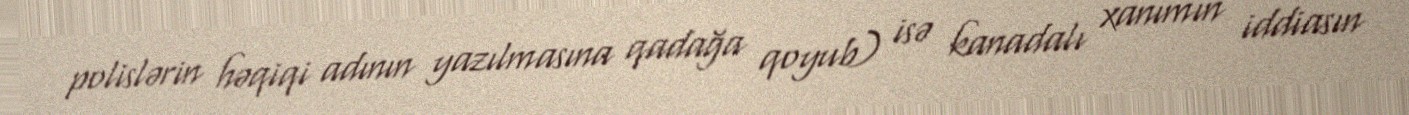
polislərin həqiqi adının yazılmasına qadağa qoyub) isə kanadalı xanımın iddiasın